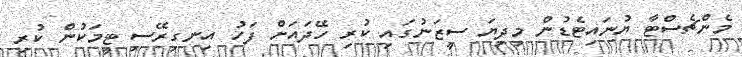
މެންޗެސްޓާ ޔުނައިޓެޑުން މިދިޔަ ސީޒަނުގައި ކުރި ހޭދައަށް ފަހު އިނގިރޭސި ޓީމަކުން ކުރި